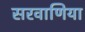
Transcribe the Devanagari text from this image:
सरवाणिया